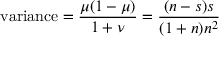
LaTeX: { \mathrm { v a r i a n c e } } = { \frac { \mu ( 1 - \mu ) } { 1 + \nu } } = { \frac { ( n - s ) s } { ( 1 + n ) n ^ { 2 } } }